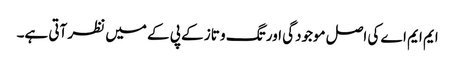
ایم ایم اے کی اصل موجودگی اور تگ و تاز کے پی کے میں نظر آتی ہے۔